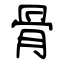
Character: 骨